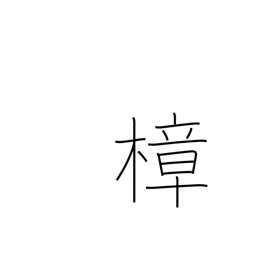
Meaning: camphor